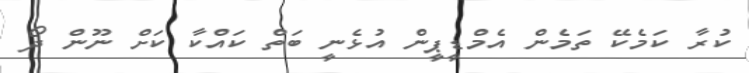
ކުރާ ކަމެކޭ ތަމެން އެމްޑީޕީން އުޅެނީ ބަތް ކައްކާ ކަށް ނޫން ދޯ